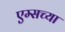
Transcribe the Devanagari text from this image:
एम्सच्या